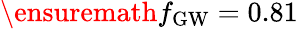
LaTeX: \ensuremath{f_{\mathrm{GW}}}=0.81